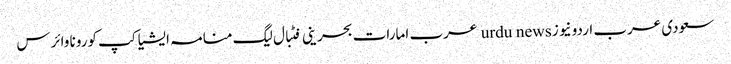
سعودی عرب اردو نیوز urdu news عرب امارات بحرینی فٹبال لیگ منامہ ایشیا کپ کورونا وائرس